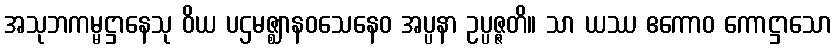
အသုဘကမ္မဋ္ဌာနေသု ဝိယ ပဌမဇ္ဈာနဝသေနေဝ အပ္ပနာ ဥပ္ပဇ္ဇတိ။ သာ ယဿ ဧကောဝ ကောဋ္ဌာသော